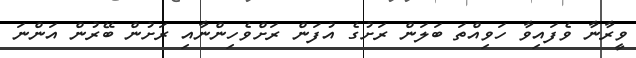
ވީރާނާ ވެފައިވާ ހަވިއްތަ ބަލަން ރަށުގެ އުފަން ރަށްވެހިންނާއި ރަށުން ބޭރުން އަންނަ